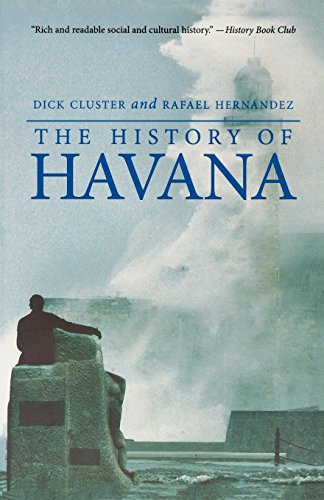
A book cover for The History of Havana (Palgrave Essential Histories Series); Dick Cluster; Travel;